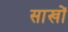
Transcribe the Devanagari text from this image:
साखों